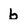
Character: b